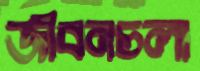
জীবনচলা